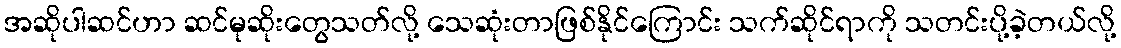
အဆိုပါဆင်ဟာ ဆင်မုဆိုးတွေသတ်လို့ သေဆုံးတာဖြစ်နိုင်ကြောင်း သက်ဆိုင်ရာကို သတင်းပို့ခဲ့တယ်လို့